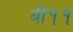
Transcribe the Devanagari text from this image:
बी११